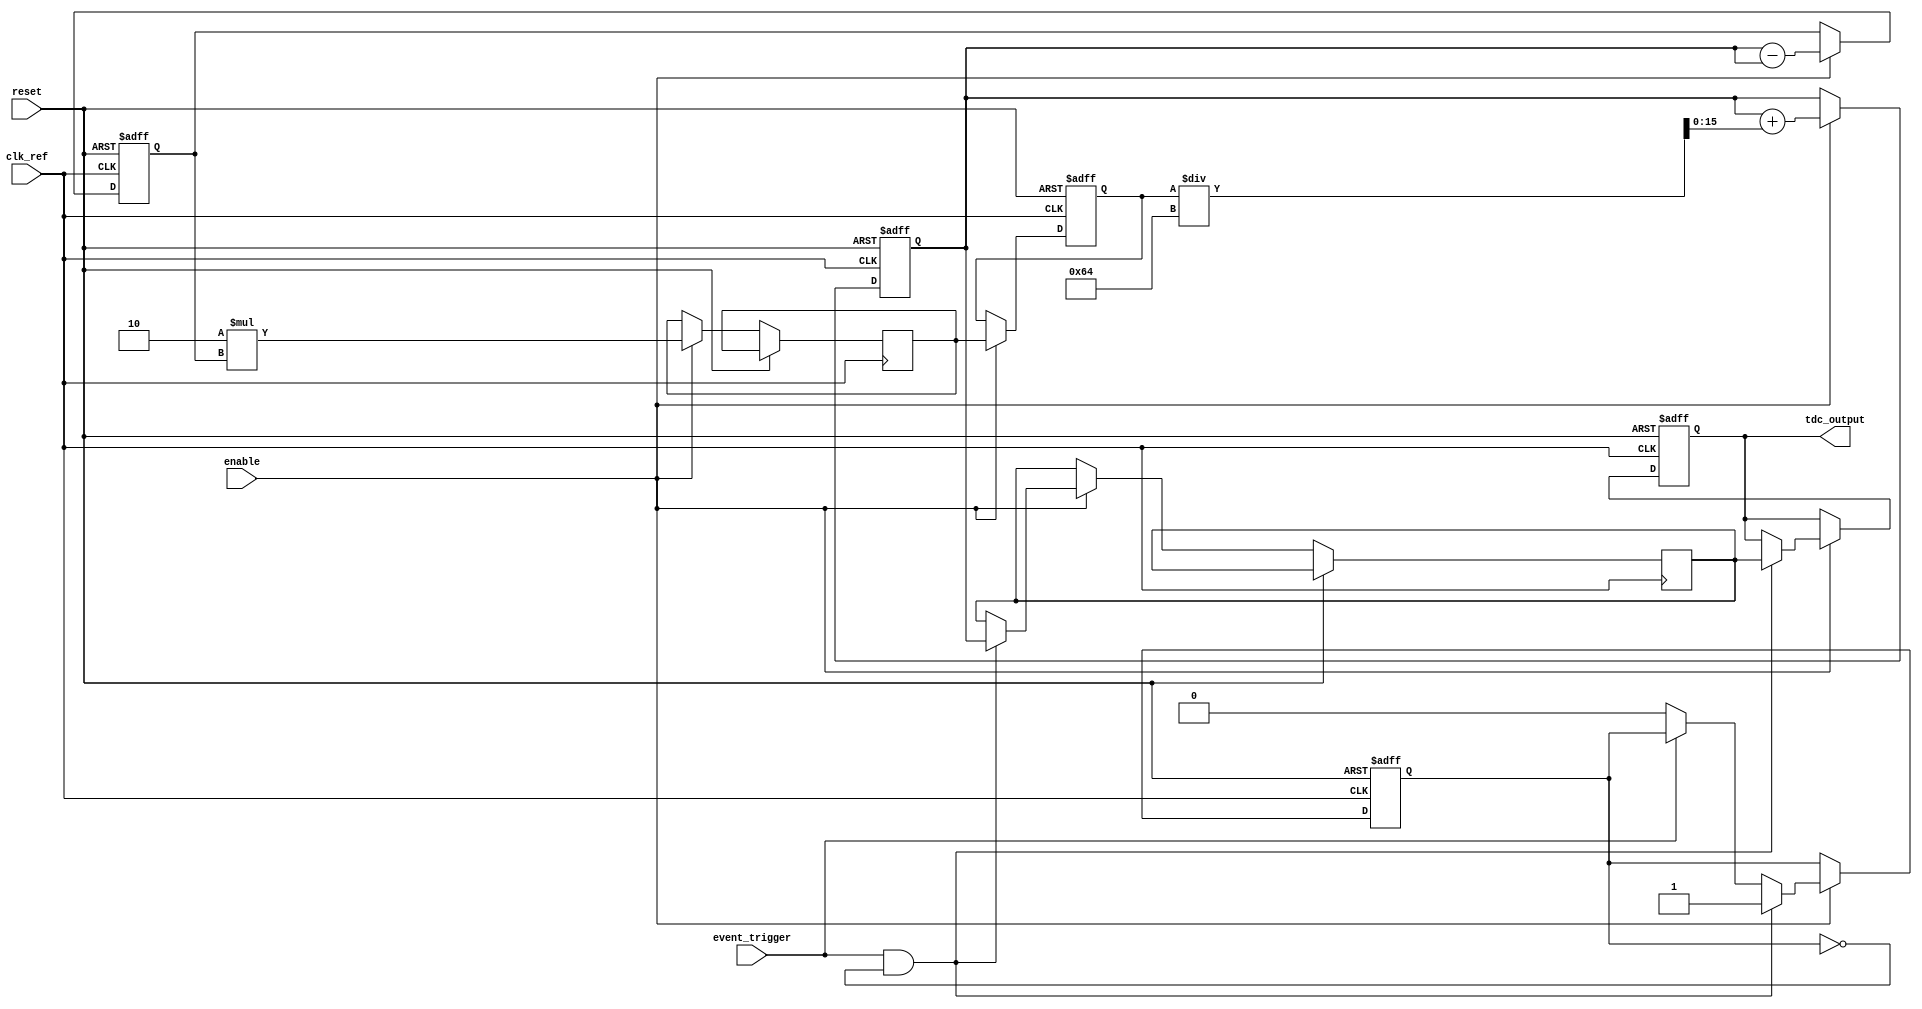
module TDC_PLL (
    input wire clk_ref,        // Reference clock input
    input wire event_trigger,  // Event trigger input
    output reg [15:0] tdc_output,  // TDC output (16-bit digital time representation)
    input wire reset,          // Reset signal
    input wire enable          // Enable the TDC
);

    // PLL Parameters
    reg [15:0] vco_out;        // VCO output
    reg [15:0] phase_error;    // Phase error signal
    reg [15:0] control_voltage; // Control voltage for VCO
    reg [15:0] loop_filter;     // Loop filter output
    reg [15:0] sampled_value;   // Value sampled at event trigger
    reg event_latched;          // Flag to check if event is latched

    // PLL Simulation Constants
    parameter VCO_FREQ = 100; // Example VCO frequency multiplier
    parameter LOOP_FILTER_GAIN = 2; // Gain of the loop filter

    always @(posedge clk_ref or posedge reset) begin
        if (reset) begin
            vco_out <= 16'b0;
            control_voltage <= 16'b0;
            phase_error <= 16'b0;
            tdc_output <= 16'b0;
            event_latched <= 1'b0;
        end else if (enable) begin
            // Simple Phase Detector: Calculate phase error
            // For simulation, we assume vco_out is a representation of time (for instance, a counter)
            phase_error <= vco_out - vco_out; // Placeholder for actual phase comparison logic

            // Loop Filter: Apply a simple proportional control
            loop_filter <= LOOP_FILTER_GAIN * phase_error;

            // Update control voltage
            control_voltage <= loop_filter;

            // Update VCO output based on control voltage
            vco_out <= vco_out + control_voltage / VCO_FREQ;

            // Check for event trigger
            if (event_trigger && !event_latched) begin
                sampled_value <= vco_out; // Sample the VCO output at the moment of the trigger
                tdc_output <= sampled_value; // Update TDC output
                event_latched <= 1'b1; // Set the event latched flag
            end else if (!event_trigger) begin
                event_latched <= 1'b0; // Reset the event latched flag when event is no longer active
            end
        end
    end

endmodule